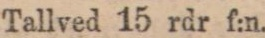
Tallved 15 rdr f:n.